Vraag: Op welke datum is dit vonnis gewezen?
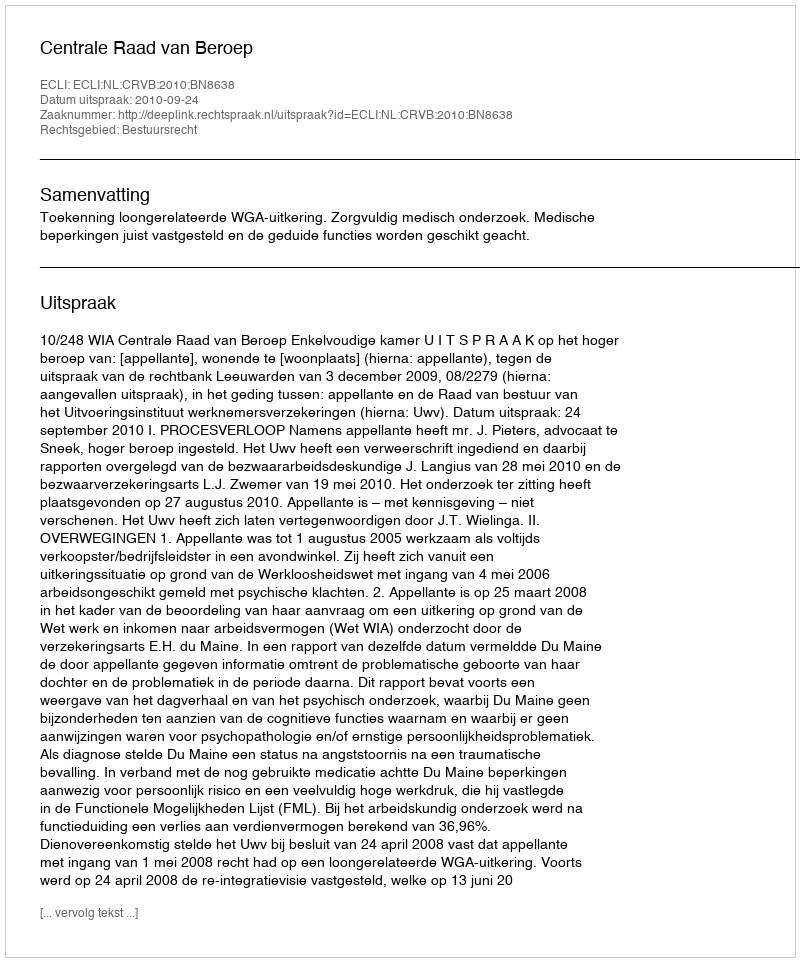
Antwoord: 2010-09-24